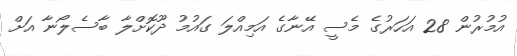
އުމުރުން 28 އަހަރުގެ މެސީ އޭނާގެ އަމިއްލަ ގައުމު ދޫކޮށްލާ ބާސެލޯނާ އަށް